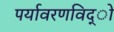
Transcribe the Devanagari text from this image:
पर्यावरणविद्ो